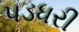
પડધરી